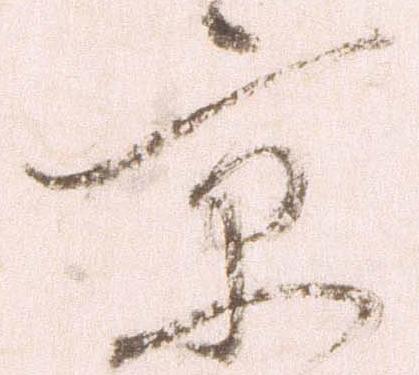
京